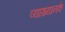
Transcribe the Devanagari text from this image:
व्याख्यानके